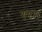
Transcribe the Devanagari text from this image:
गरम